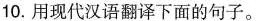
10.用现代汉语翻译下面的句子。